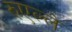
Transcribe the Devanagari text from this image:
रुएल्ले